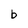
Character: b